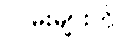
လမ်းများကို